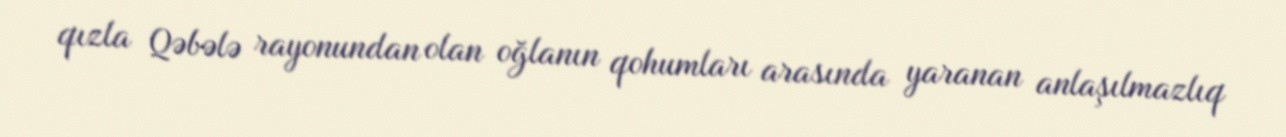
qızla Qəbələ rayonundan olan oğlanın qohumları arasında yaranan anlaşılmazlıq